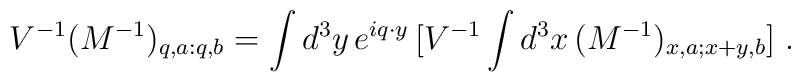
V^{-1}(M^{-1})_{q,a:q,b} =\int d^3y \, e^{iq\cdot y}\, [V^{-1} \int d^3x \, (M^{-1})_{x,a;x+y,b}]\;\mbox{.}